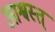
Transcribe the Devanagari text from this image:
आश्वस्त्